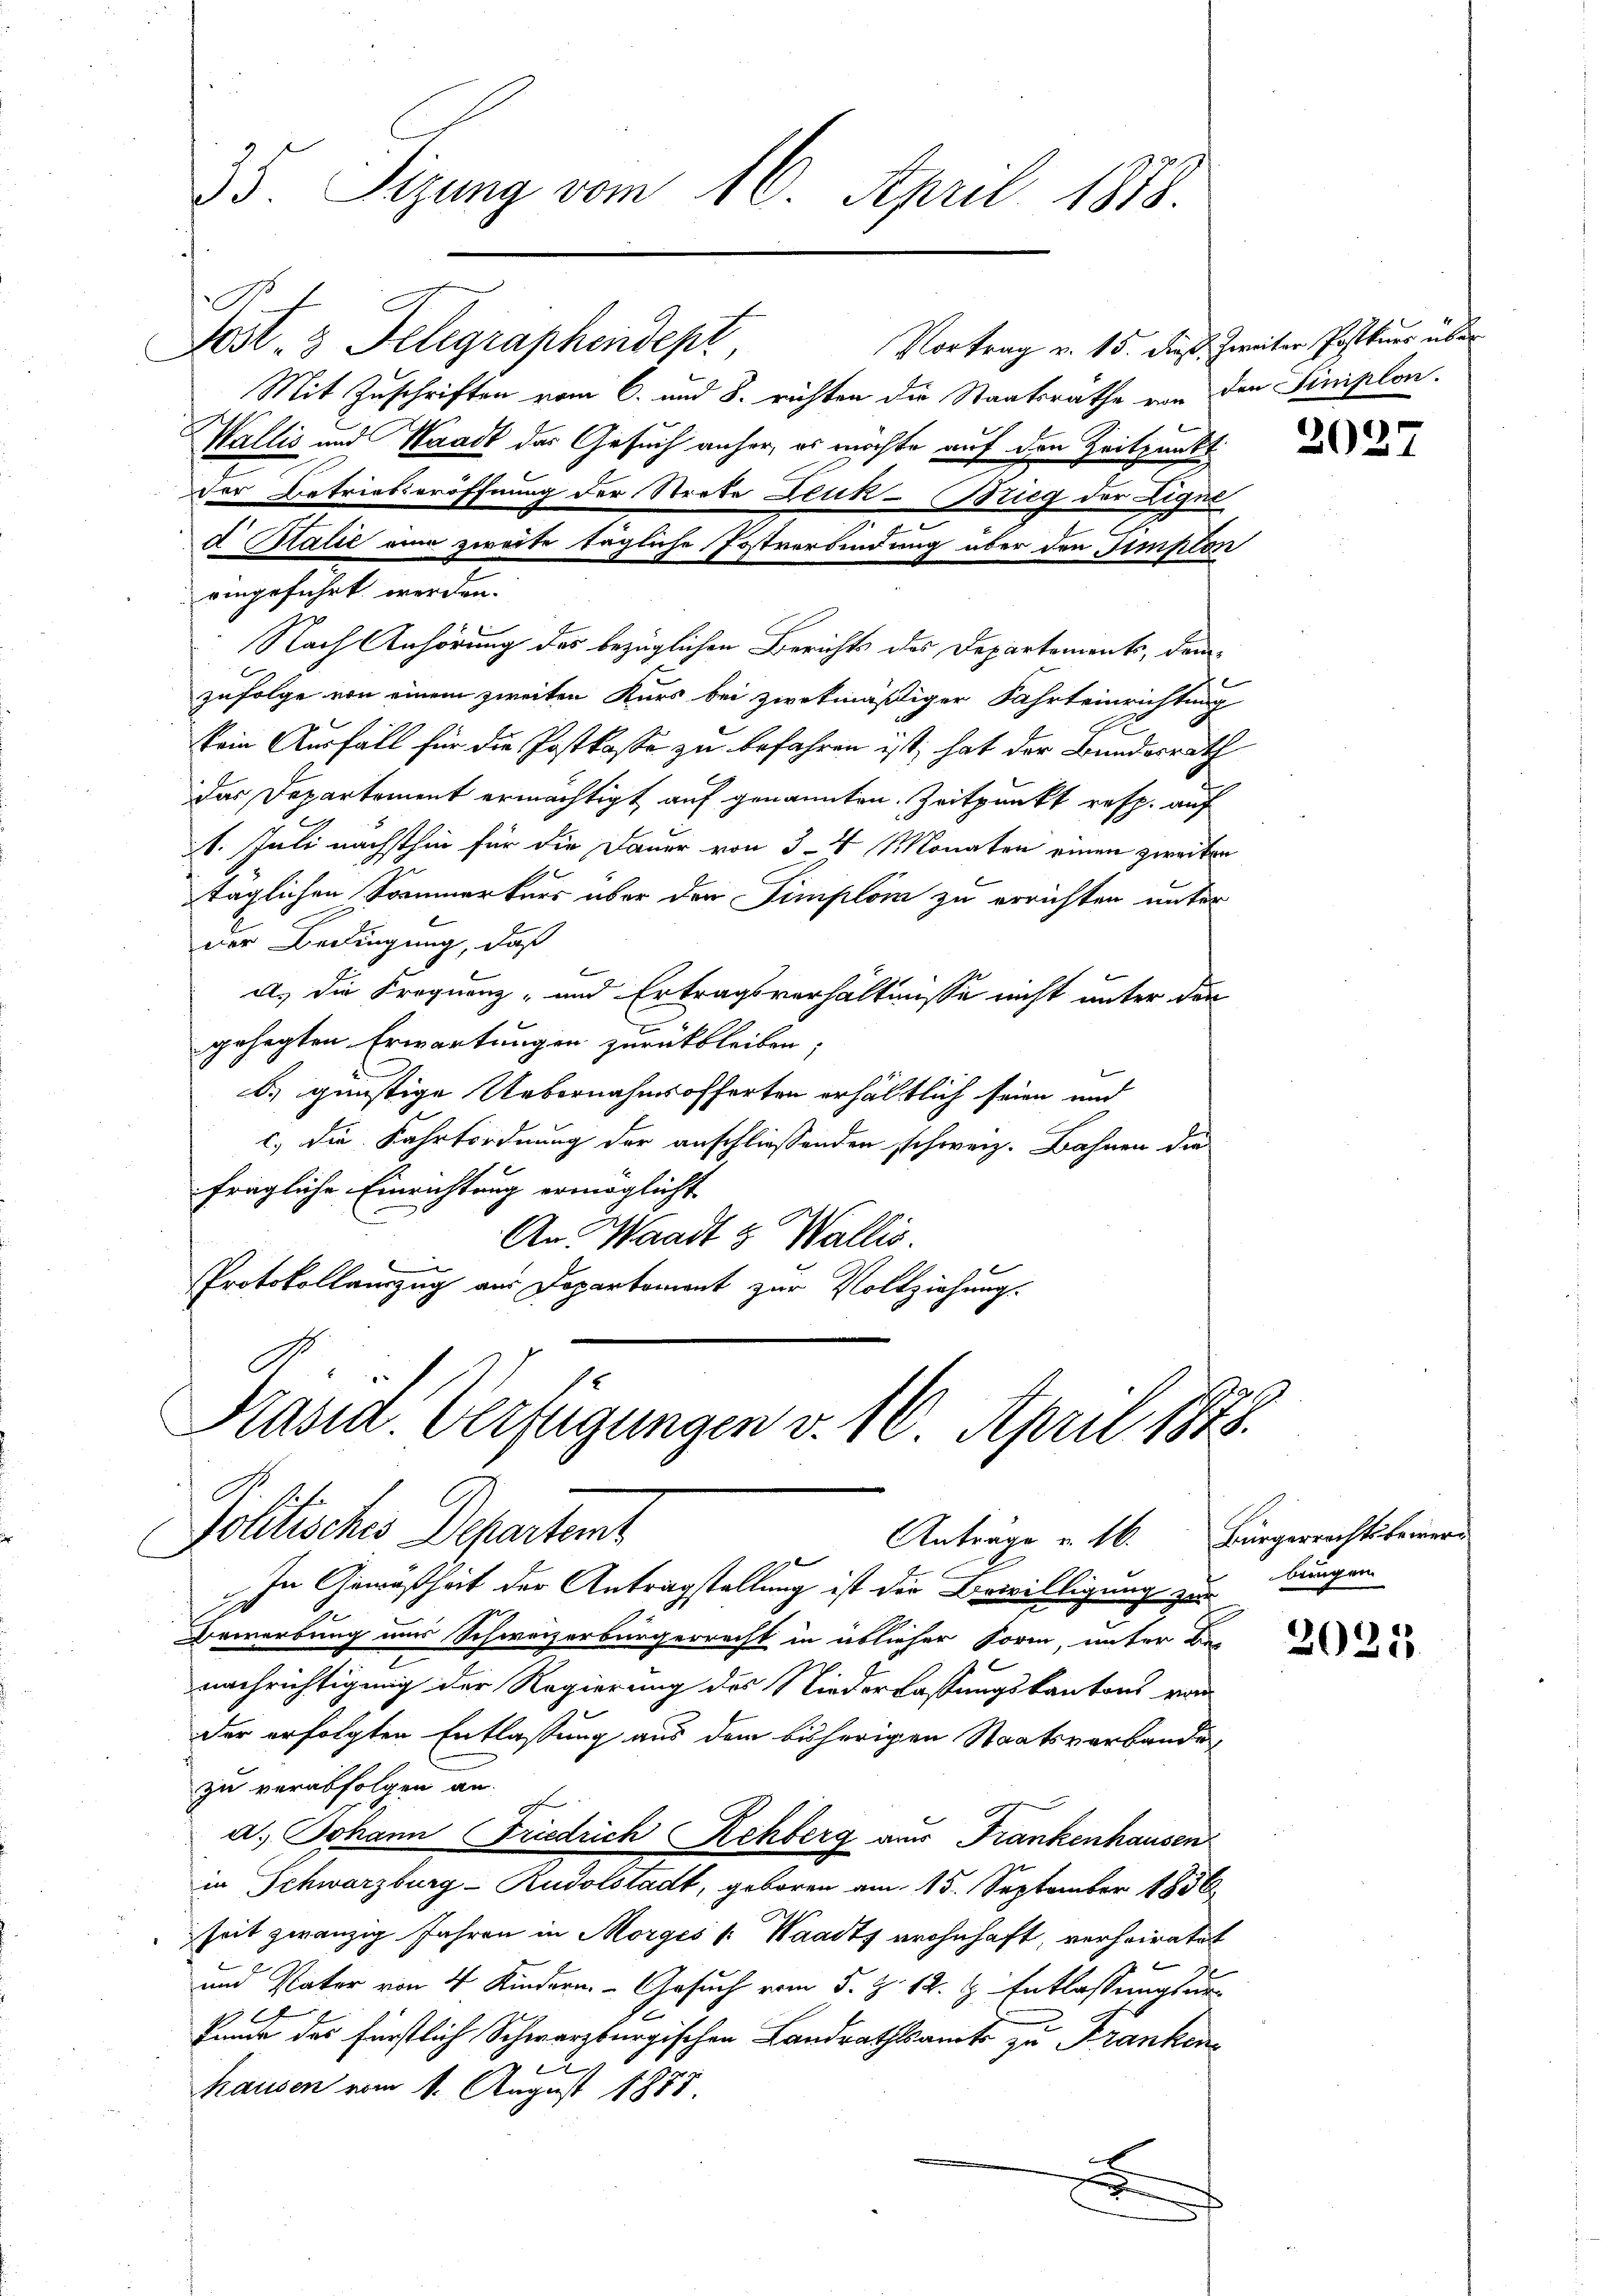
35. Sizung vom 16. April 1878.
Sost. 3 Telegraphendept
Vortrag v. 15. dieß. Zweiter Postuer über
Mit Zuschriften vom 6. und 8. richten die Staatsräthe von den Siniplon.
Wallis und Waadt das Gesuch anher, es möchte auf den Zeitpunkt
der Betriebseröffnung der Strebe Denk- Brieg der Eigne
2
d Malić eine zweite tägliche Postverbindung über den Simple

Nach Anhörung des bezüglichen Berichts des Departements, dem
zufolge von einem zweiten Kurs bei zwekmäßiger Fahrteinrichtung
kein Ausfall für die Postkasse zu befahren ist, hat der Bundesrath
das Departement ermächtigt auf genannten Zeitpunkt resp. auf
11. Juli nächsthin für die Dauer von 3–4 Monaten einen zweite
täglichen Sommerkurs über der Simploi zu errichten unter
der Bedingung, daß
l
a. die Frequenz- und Ertragsverhältnisse nicht unter den
gehegten Erwartungen zurückbleiben;
b) günstige Uebernahmsofferten erhältlich seien und
c.) die Fahrtordnung der anschliessenden schweiz. Bahnen die
fragliche Einrichtung ermöglicht
An Waadt & Wallis
e
f
Protokollauszug aus Departement zur Vollziehung.

eingeführt werden.

Präsid. Verfügungen v. 16. April 1878.
Kt. Sofe
Politisches Departemt
Anträge u. 16. Bürgerrechtsfeier-
e

In Gemäßheit der Antragstellung ist die Bewilligung zur bungen
Bewerbung uns Schweizerbürgerrecht in üblicher Form, unter Bei
nachrichtigung der Regierung des Niederlassungskantons von
der erfolgten Entlaßung aus dem bisherigen Staatsverbande
zu verabfolgen an.
d
a. Johann Friedrich Rehberg aus Frankenhausen
in Schwarzburg-Rudolstadt, geboren am 15. September 1856
seit zwanzig Jahren in Morges [Waadt, wohnhaft, verheiratet
und Vater von 4 Kindern - Gesuch vom 5. Z. 12. l. Entlassungsar
C
1
Einne des Fürstlich Schwarzburgischen Landrathsamts zu Franken
d
hausen vom 1. August 1885
F

e
b
2

2027

2021